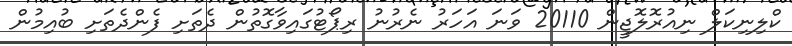
ކްލިނިކަލް ނިއުރޮލޮޖީން 20110 ވަނަ އަހަރު ނެރުނު ރިޕޯޓުގައިވާގޮތުން ދެތަށި ފެންދެތަށި ބުއިމުން